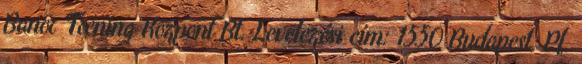
Banor Tréning Központ Bt. Levelezési cím: 1550 Budapest, Pf.